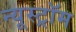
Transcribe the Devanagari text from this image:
न्यूस्ट्रॉम